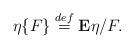
LaTeX: \begin{align*} \eta\{F\} \stackrel{def}{=} {\bf E}\eta/F.\end{align*}